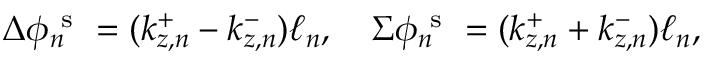
\Delta \phi _ { n } ^ { \mathrm { ~ s ~ } } = ( k _ { z , n } ^ { + } - k _ { z , n } ^ { - } ) \ell _ { n } , \quad \Sigma { \phi } _ { n } ^ { \mathrm { ~ s ~ } } = ( k _ { z , n } ^ { + } + k _ { z , n } ^ { - } ) \ell _ { n } ,